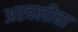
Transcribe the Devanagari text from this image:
अरवलीचा